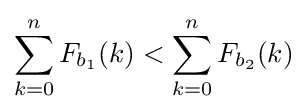
\sum _{k=0}^{n}F_{b_{1}}(k)<\sum _{k=0}^{n}F_{b_{2}}(k)